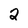
Character: 2